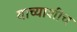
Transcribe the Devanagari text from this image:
याच्याशीच